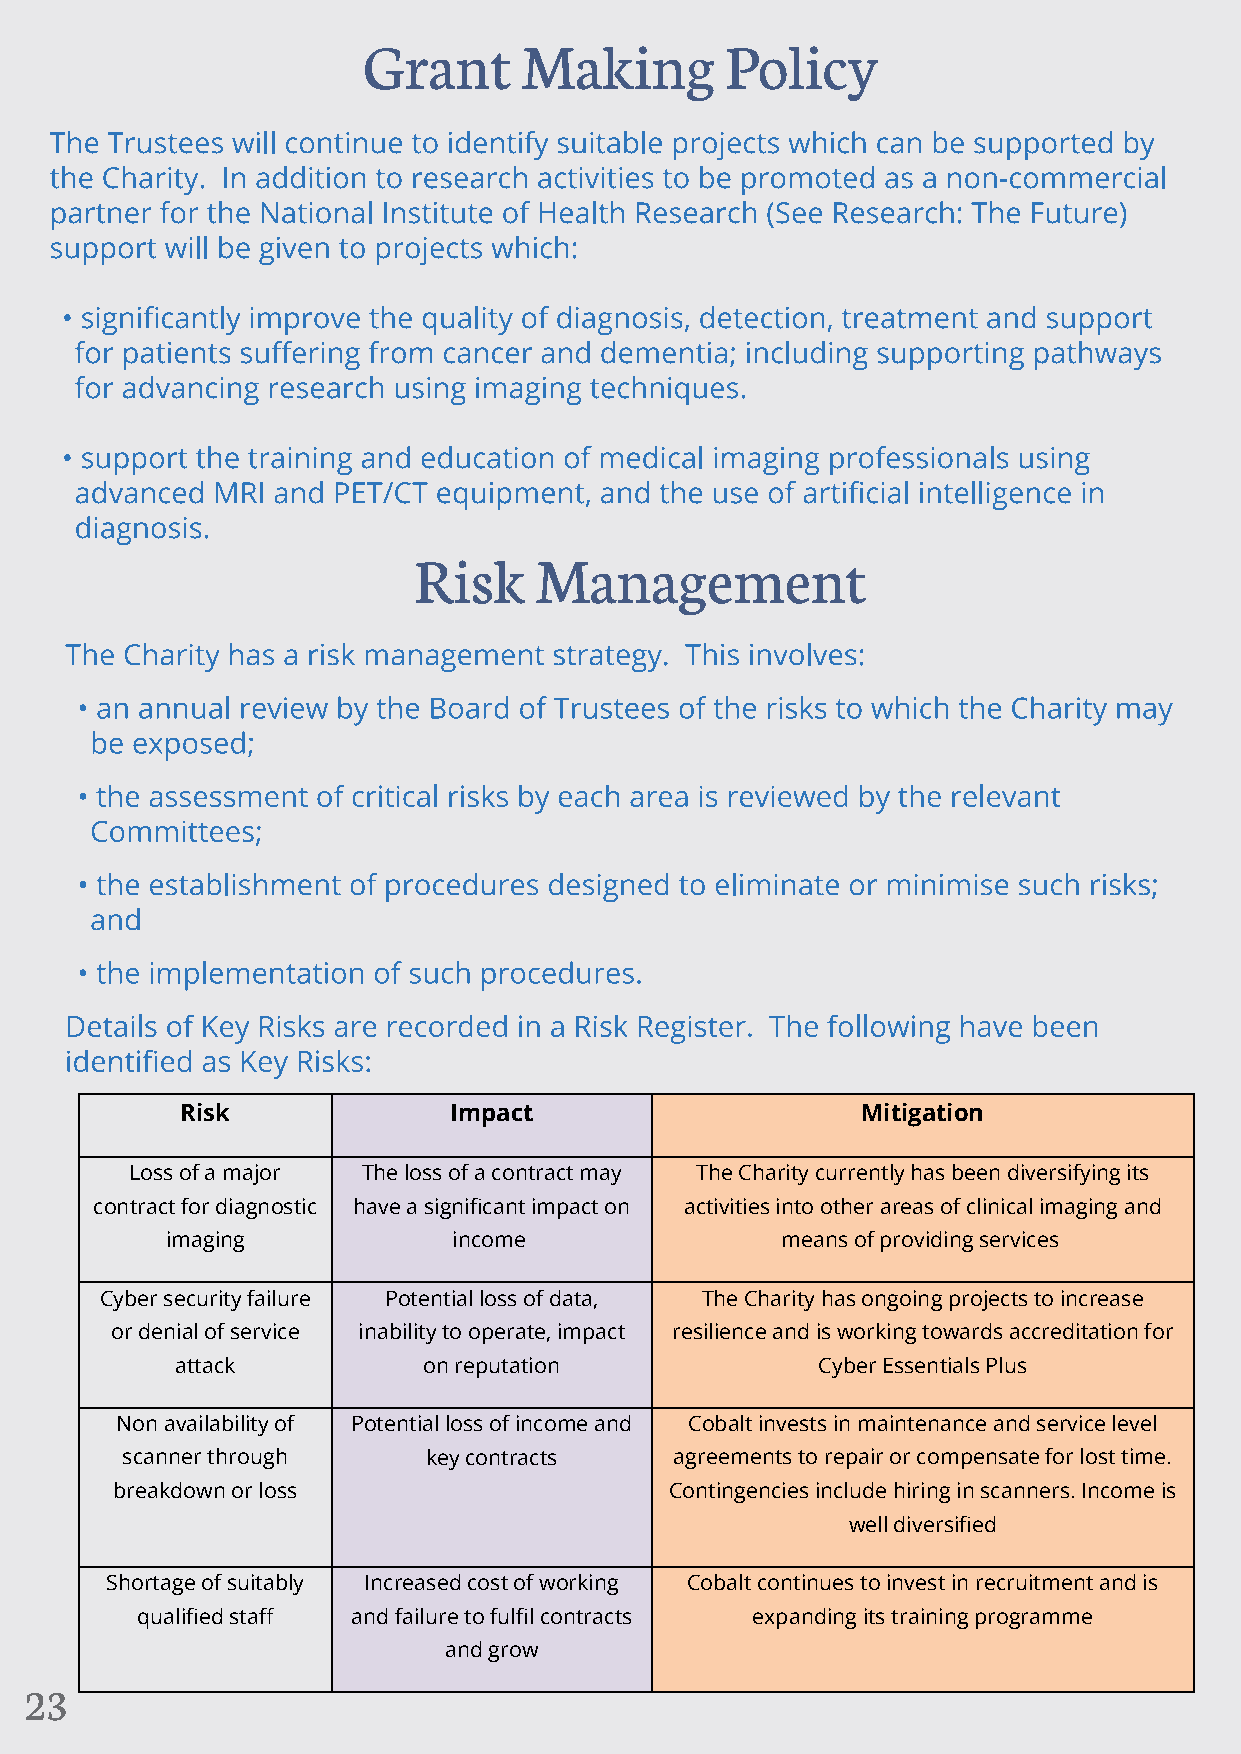
Risk              Impact                     Mitigation
 Loss of a major The loss of a contract may The Charity currently has been diversifying its
 contract for diagnostic have a significant impact on activities into other areas of clinical imaging and
 imaging            income                means of providing services
 Cyber security failure Potential loss of data, The Charity has ongoing projects to increase
 or denial of service inability to operate, impact resilience and is working towards accreditation for
 attack          on reputation             Cyber Essentials Plus
 Non availability of Potential loss of income and Cobalt invests in maintenance and service level
 scanner through     key contracts    agreements to repair or compensate for lost time.
 breakdown or loss                    Contingencies include hiring in scanners. Income is
 well diversified
 Shortage of suitably Increased cost of working Cobalt continues to invest in recruitment and is
 qualified staff and failure to fulfil contracts expanding its training programme
 and grow
 23